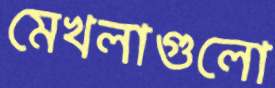
মেখলাগুলো